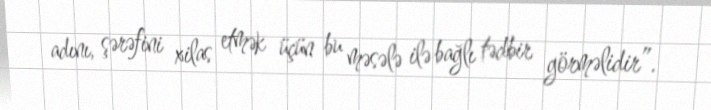
adını, şərəfini xilas etmək üçün bu məsələ ilə bağlı tədbir görməlidir”.